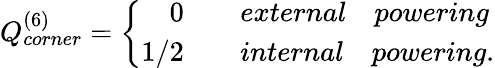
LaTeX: Q_{corner}^{(6)}=\left\{ \begin{array}{rcl}{0}&{}&{{external\quad powering}}\\ {1/2}&{}&{{internal\quad powering}.}\end{array}\right.